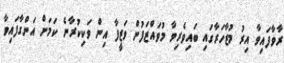
ރާވާފައިވާ އިރު މުޒާހަރާގައި ބައިވެރިވާ މުވައްޒަފުން ވަޒީފާ އިން ވަކިކުރާނެ ކަމަށް އަންގާފައިވާ